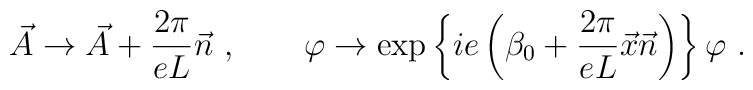
\vec{A} \to \vec{A}+\frac{2\pi}{eL}\vec{n} \ , \qquad\varphi \to  \exp \left\{ie\left(\beta_0 + \frac{2\pi}{eL} \vec{x}\vec{n}\right) \right\}\varphi \ .